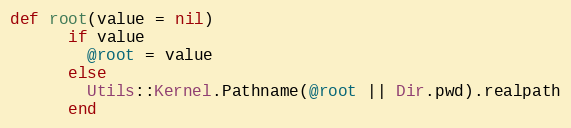
Language: Ruby
def root(value = nil)
      if value
        @root = value
      else
        Utils::Kernel.Pathname(@root || Dir.pwd).realpath
      end